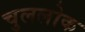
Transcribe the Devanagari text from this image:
चुललोक